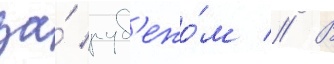
за́ руб'ежо́м // В